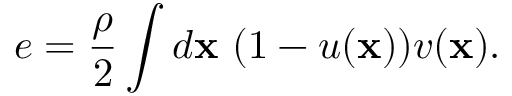
e = \frac \rho 2 \int d \mathbf x \ ( 1 - u ( \mathbf x ) ) v ( \mathbf x ) .